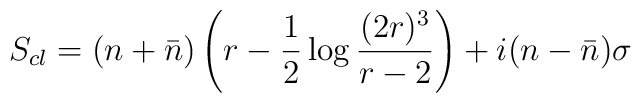
S_{cl} = (n+\bar n) \left( r -\frac12 \log\frac{(2r)^3}{r-2} \right)+ i (n-\bar n) \sigma